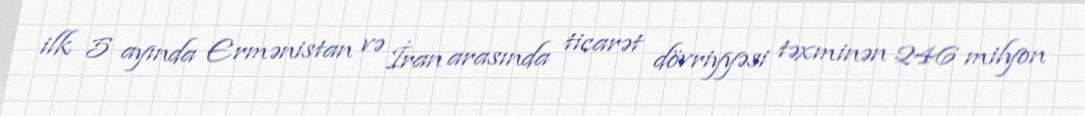
ilk 5 ayında Ermənistan və İran arasında ticarət dövriyyəsi təxminən 246 milyon